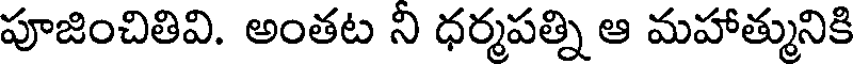
పూజించితివి. అంతట ని ధర్మపత్ని ఆ మహాత్మునికి